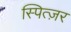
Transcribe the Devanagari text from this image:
स्पित्ज़र